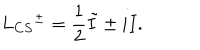
L _ { C S } { ^ { \pm } } = { \frac { 1 } { 2 } } \tilde { I } \pm i I .